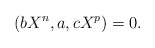
\begin{align*}(bX^n , a , cX^p) = 0.\end{align*}